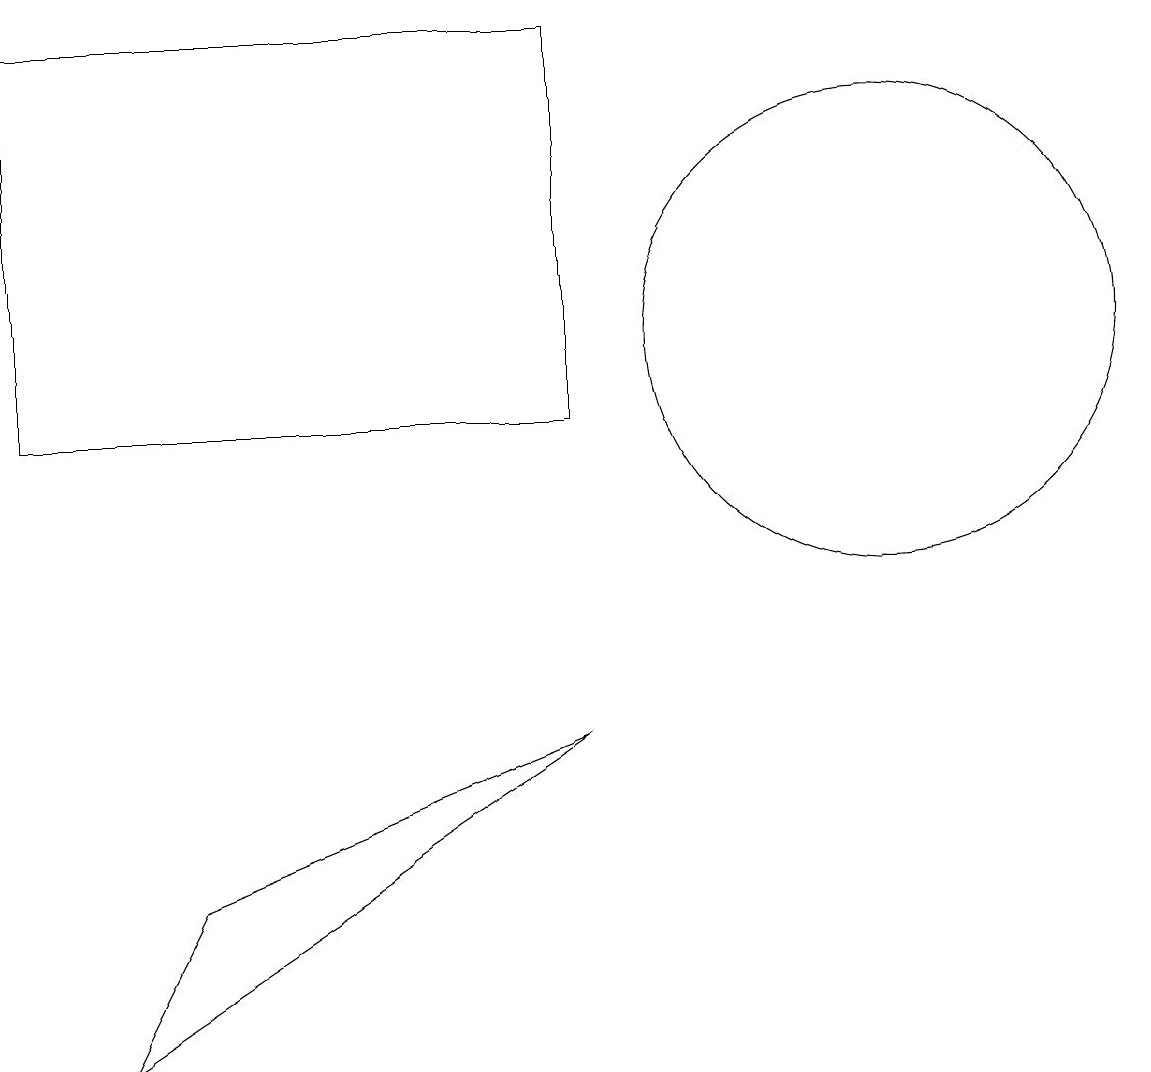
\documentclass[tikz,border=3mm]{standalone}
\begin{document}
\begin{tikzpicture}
\draw (1,2) -- (2,4) -- (7,6) -- cycle;
\draw (11,11) circle (3);
\draw (0,15) rectangle (7,10);
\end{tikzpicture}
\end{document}